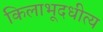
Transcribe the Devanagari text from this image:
किलाभूदधीत्य